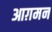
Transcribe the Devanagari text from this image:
आग़मन